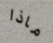
ماذا